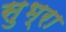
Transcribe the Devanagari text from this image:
सुभ्रा